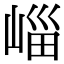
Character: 崰